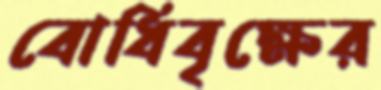
বোধিবৃক্ষের